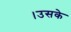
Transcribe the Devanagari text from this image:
।उसके